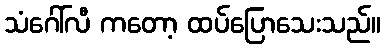
သံဂေါ်လီ ကတော့ ထပ်ပြောသေးသည်။